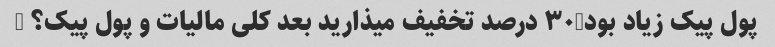
پول پیک زیاد بود-۳۰ درصد تخفیف میذارید بعد کلی مالیات و پول پیک؟ …